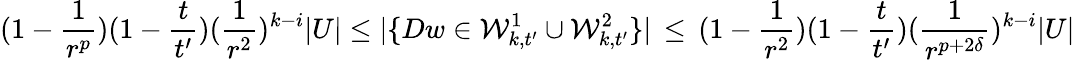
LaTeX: (1-\frac{1}{r^{p}})(1-\frac{t}{t^{\prime}})(\frac{1}{r^{2}})^{k-i}|U|\leq|\{ Dw\in\mathcal{W}_{k,t^{\prime}}^{1}\cup\mathcal{W}_{k,t^{\prime}}^{2}\} |\, \leq\, (1-\frac{1}{r^{2}})(1-\frac{t}{t^{\prime}})(\frac{1}{r^{p+2\delta}})^{k-i}|U|